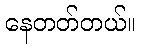
နေတတ်တယ်။